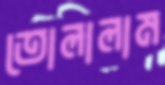
তোলালাম